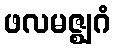
ဖလမဇ္ဈဂံ